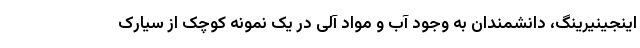
اینجینیرینگ، دانشمندان به وجود آب و مواد آلی در یک نمونه کوچک از سیارک